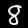
Label: 8